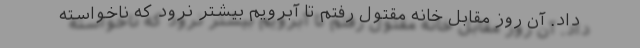
داد. آن روز مقابل خانه مقتول رفتم تا آبرویم بیشتر نرود که ناخواسته